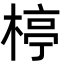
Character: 楟